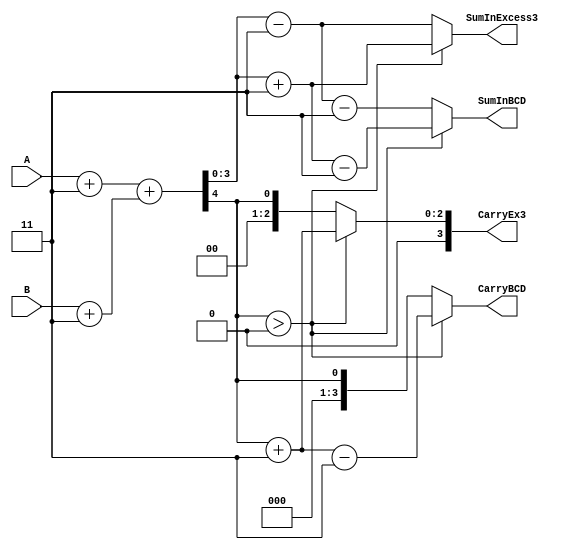
module Excess3Addition(A,B,SumInExcess3,CarryEx3,SumInBCD,CarryBCD);
input [3:0]A,B; 
output reg [3:0]SumInExcess3,SumInBCD,CarryEx3,CarryBCD; 
reg [7:0]SUM;
reg [3:0]Excess3A,Excess3B;

always@*
begin
Excess3A = A + 4'b0011;
Excess3B = B + 4'b0011;
SUM = Excess3A + Excess3B;
if(SUM[7:4] > 0)
    begin
    SumInExcess3 = SUM[3:0] + 4'b0011;
    CarryEx3 = SUM[7:4] + 4'b0011;
    SumInBCD = SumInExcess3 - 4'b0011;
    CarryBCD = CarryEx3 - 4'b0011;
    end
else
    begin
    SumInExcess3 = SUM[3:0] - 4'b0011;
    CarryEx3 = SUM[7:4];
    SumInBCD = SumInExcess3 - 4'b0011;
    CarryBCD = CarryEx3;
    end
end
endmodule